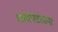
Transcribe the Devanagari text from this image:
चाचपडताना